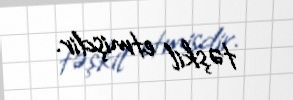
təşkil etmişdir.